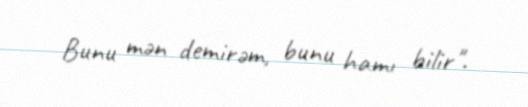
Bunu mən demirəm, bunu hamı bilir".